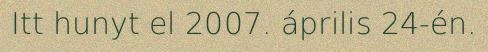
Itt hunyt el 2007. április 24-én.